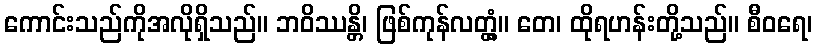
ကောင်းသည်ကိုအလိုရှိသည်။ ဘဝိဿန္တိ၊ ဖြစ်ကုန်လတ္တံ့။ တေ၊ ထိုရဟန်းတို့သည်။ စီဝရေ၊